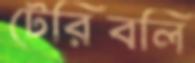
টেরিবলি